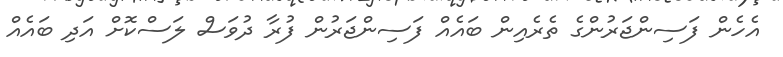
އެހެން ފަސިންޖަރުންގެ ތެރެއިން ބައެއް ފަސިންޖަރުން ފުރާ ދުވަސް ލަސްކޮށް އަދި ބައެއް